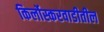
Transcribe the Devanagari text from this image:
किर्लोस्करवाडीतील